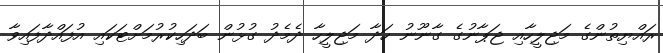
ރައްޔިތުންގެ މަޖިލީހާއި ޖަޕާނުގެ ގާނޫނު ހަދާ މަޖިލީހާ ދެމެދު ގުޅުން ބަދަހިކުރުމަށްޓަކައި އުފައްދާފައިވާ